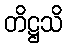
တိဋ္ဌသိ